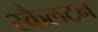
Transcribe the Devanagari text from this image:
स्कैलटन